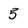
Character: 5